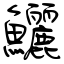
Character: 鱺